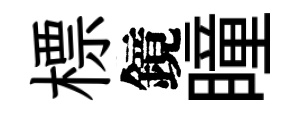
標鏡瞳